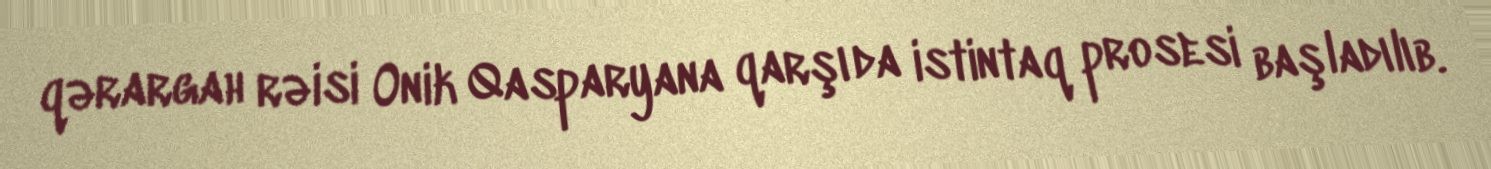
qərargah rəisi Onik Qasparyana qarşı da istintaq prosesi başladılıb.